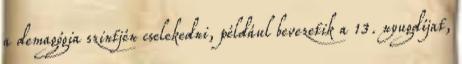
a demagógia szintjén cselekedni, például bevezetik a 13. nyugdíjat,